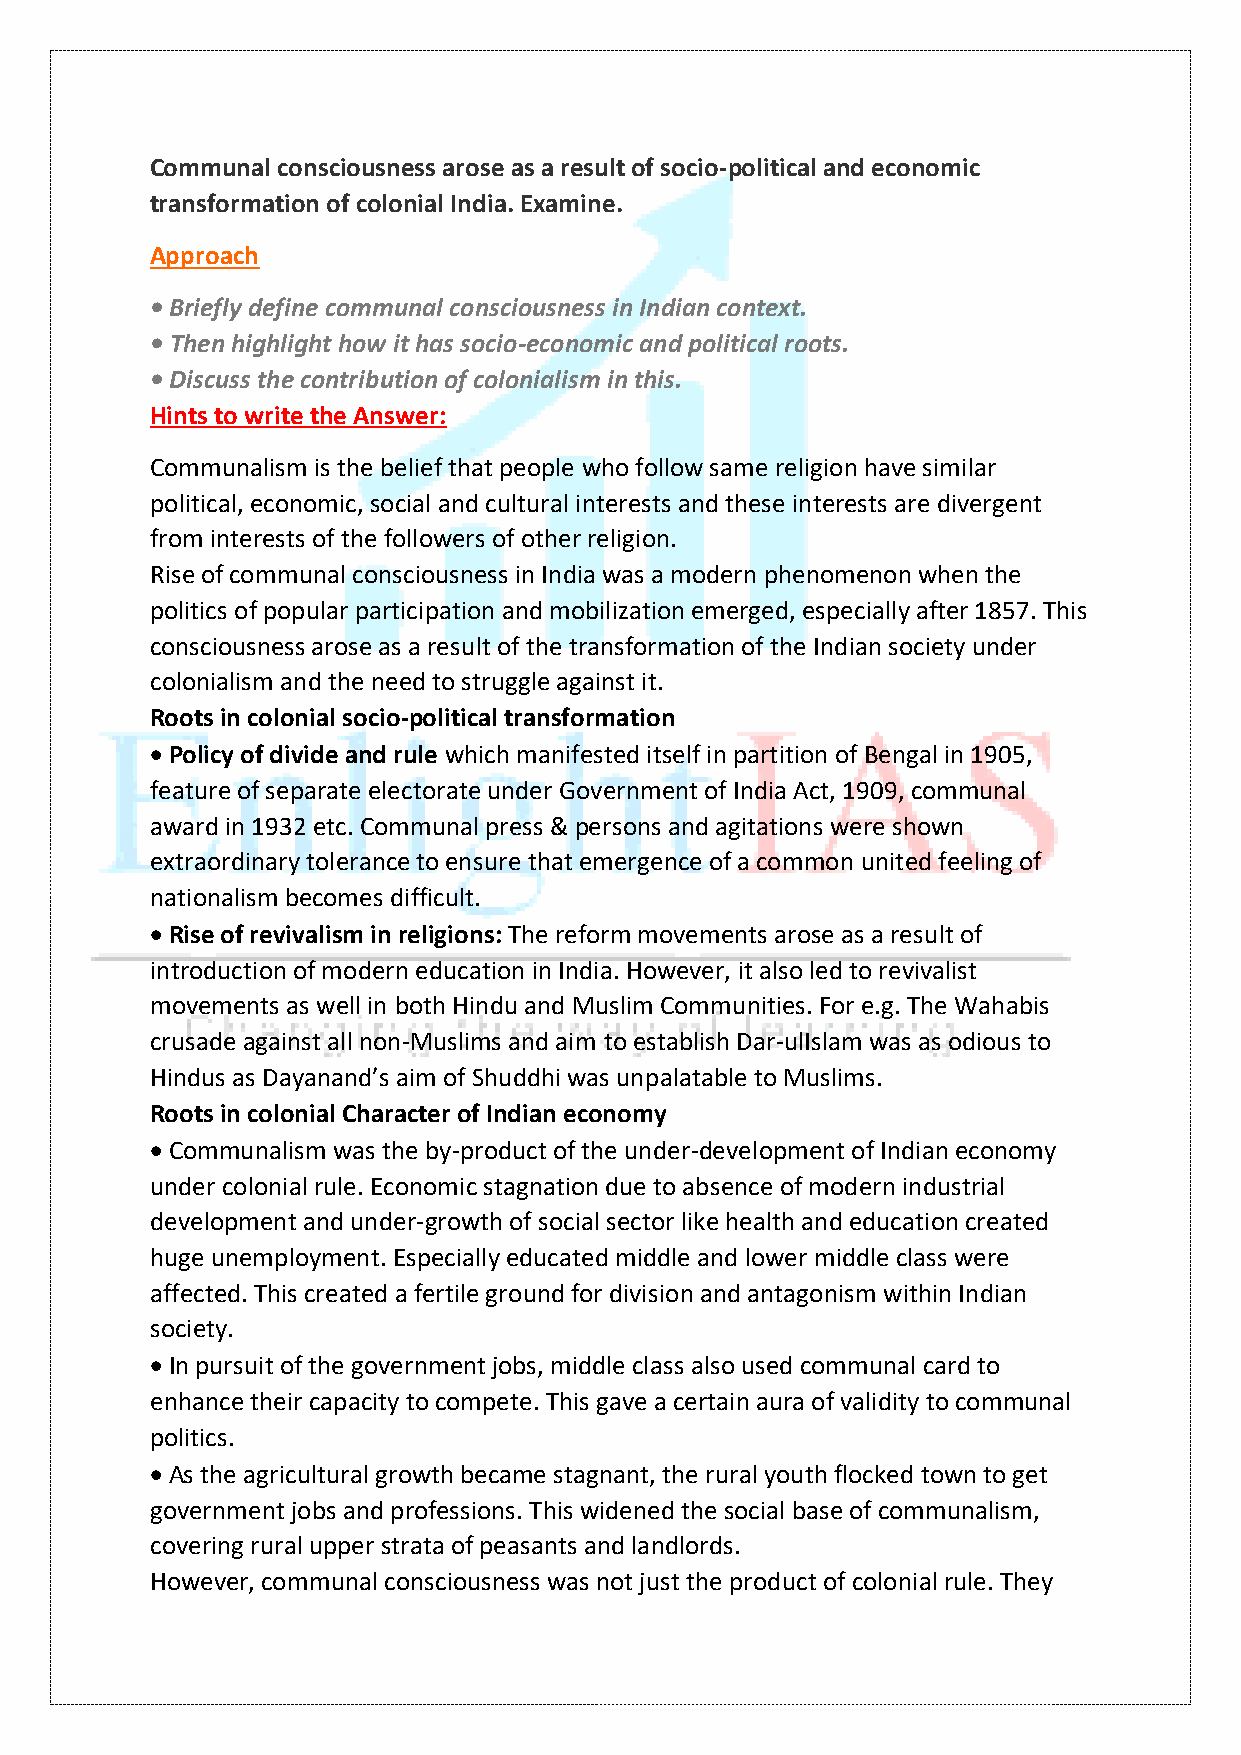
Communal consciousness arose as a result of socio-political and economic
 transformation of colonial India. Examine.
 Approach
 • Briefly define communal consciousness in Indian context.
 • Then highlight how it has socio-economic and political roots.
 • Discuss the contribution of colonialism in this.
 Hints to write the Answer:
 Communalism is the belief that people who follow same religion have similar
 political, economic, social and cultural interests and these interests are divergent
 from interests of the followers of other religion.
 Rise of communal consciousness in India was a modern phenomenon when the
 politics of popular participation and mobilization emerged, especially after 1857. This
 consciousness arose as a result of the transformation of the Indian society under
 colonialism and the need to struggle against it.
 Roots in colonial socio-political transformation
 • Policy of divide and rule which manifested itself in partition of Bengal in 1905,
 feature of separate electorate under Government of India Act, 1909, communal
 award in 1932 etc. Communal press & persons and agitations were shown
 extraordinary tolerance to ensure that emergence of a common united feeling of
 nationalism becomes difficult.
 • Rise of revivalism in religions: The reform movements arose as a result of
 introduction of modern education in India. However, it also led to revivalist
 movements as well in both Hindu and Muslim Communities. For e.g. The Wahabis
 crusade against all non-Muslims and aim to establish Dar-ulIslam was as odious to
 Hindus as Dayanand’s aim of Shuddhi was unpalatable to Muslims.
 Roots in colonial Character of Indian economy
 • Communalism was the by-product of the under-development of Indian economy
 under colonial rule. Economic stagnation due to absence of modern industrial
 development and under-growth of social sector like health and education created
 huge unemployment. Especially educated middle and lower middle class were
 affected. This created a fertile ground for division and antagonism within Indian
 society.
 • In pursuit of the government jobs, middle class also used communal card to
 enhance their capacity to compete. This gave a certain aura of validity to communal
 politics.
 • As the agricultural growth became stagnant, the rural youth flocked town to get
 government jobs and professions. This widened the social base of communalism,
 covering rural upper strata of peasants and landlords.
 However, communal consciousness was not just the product of colonial rule. They